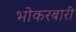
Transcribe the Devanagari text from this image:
भोकरबारी